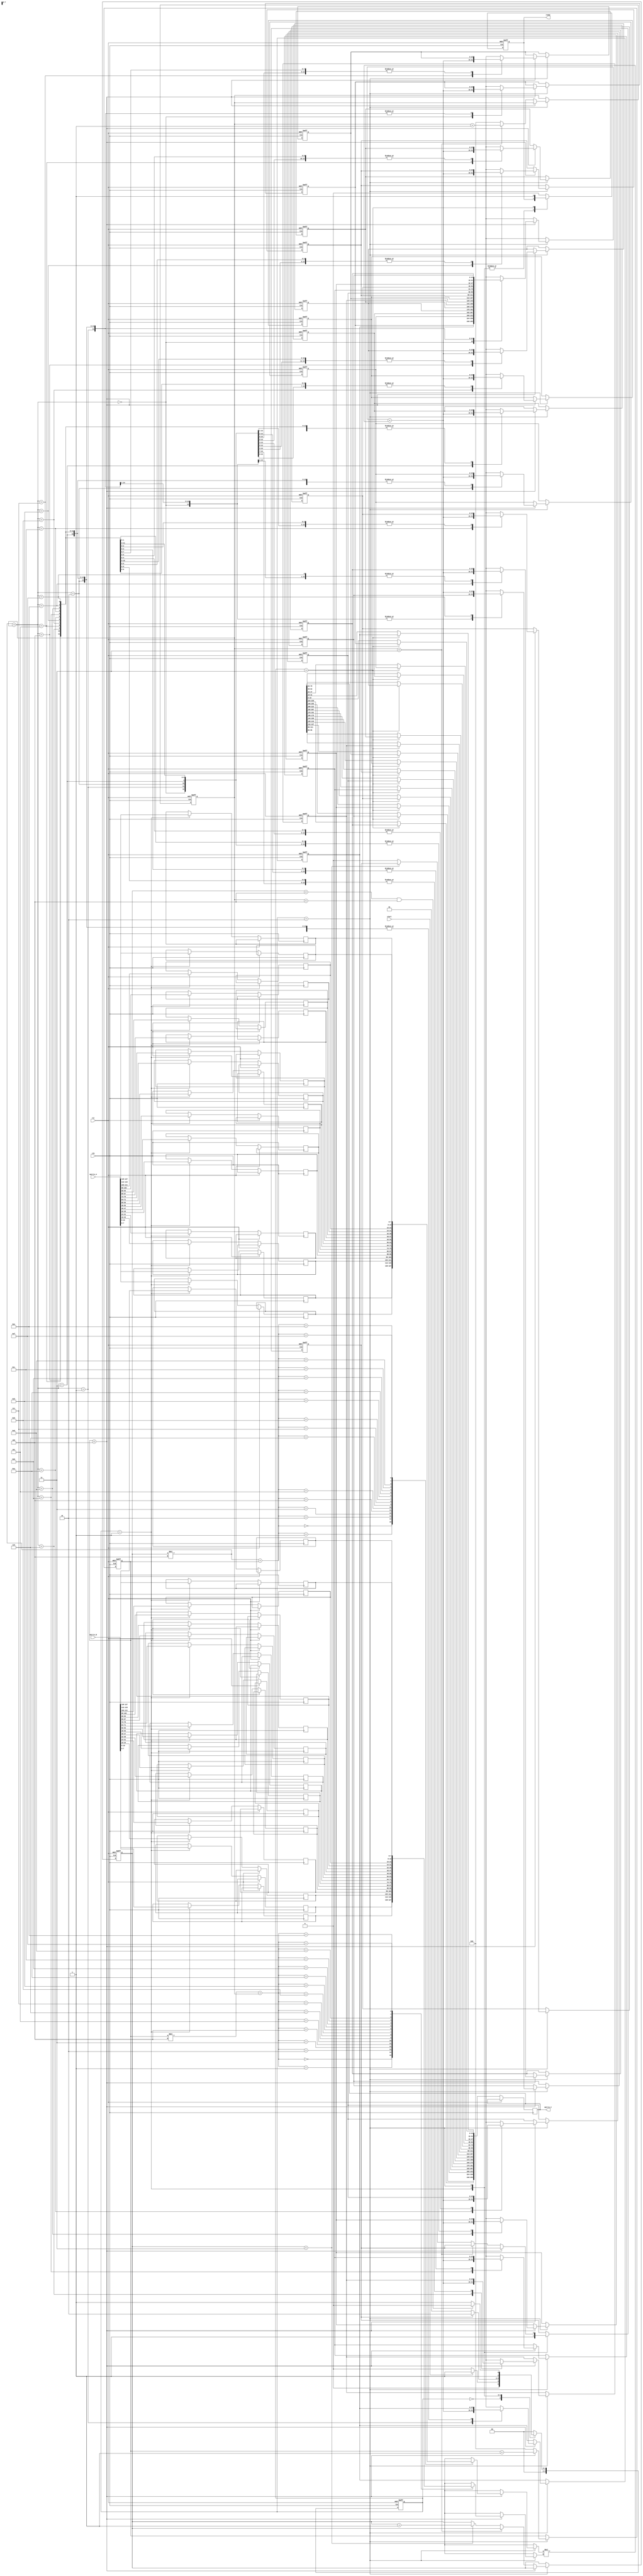
module stencil_multiplier #(
    parameter M = 4, // Number of rows in Matrix A
    parameter N = 4, // Number of columns in Matrix A and rows in Matrix B
    parameter P = 4  // Number of columns in Matrix B
)(
    input clk,
    input rst,
    input start,
    input [M*N*8-1:0] matrix_A, // 8-bit elements, flattening for input
    input [N*P*8-1:0] matrix_B, // 8-bit elements
    output reg [M*P*16-1:0] matrix_C, // 16-bit output for each product
    output reg ready
);

// Internal registers
reg [7:0] A [0:M-1][0:N-1]; // Matrix A
reg [7:0] B [0:N-1][0:P-1]; // Matrix B
reg [15:0] C [0:M-1][0:P-1]; // Matrix C (to hold sums of products)
reg [3:0] state, next_state;
reg [3:0] i, j, k; // Loop indices for matrices
reg processing;

// FSM state definitions
localparam IDLE = 0;
localparam LOAD = 1;
localparam COMPUTE = 2;
localparam FINISH = 3;

// Initial block to reset outputs
integer row, col;
initial begin
    matrix_C = 0;
    ready = 0;
end

// State transition
always @(posedge clk or posedge rst) begin
    if (rst) begin
        state <= IDLE;
    end else begin
        state <= next_state;
    end
end

// Next state logic
always @(*) begin
    case (state)
        IDLE:
            if (start)
                next_state = LOAD;
            else
                next_state = IDLE;

        LOAD:
            if (processing)
                next_state = COMPUTE;
            else
                next_state = LOAD;

        COMPUTE:
            if (i < M && j < P) 
                next_state = COMPUTE;
            else 
                next_state = FINISH;

        FINISH:
            next_state = IDLE;

        default:
            next_state = IDLE;
    endcase
end

// Main process
always @(posedge clk or posedge rst) begin
    if (rst) begin
        // Reset internal accumulators and counters
        for (row = 0; row < M; row = row + 1) begin
            for (col = 0; col < P; col = col + 1) begin
                C[row][col] = 0;
            end
        end
        i <= 0; j <= 0; k <= 0; 
        processing <= 0;
        ready <= 0;
    end else begin
        case (state)
            LOAD: begin
                // Load matrices A and B from the input ports
                for (row = 0; row < M; row = row + 1) begin
                    for (col = 0; col < N; col = col + 1) begin
                        A[row][col] = matrix_A[(row*N + col)*8 +: 8];
                    end
                end

                for (row = 0; row < N; row = row + 1) begin
                    for (col = 0; col < P; col = col + 1) begin
                        B[row][col] = matrix_B[(row*P + col)*8 +: 8];
                    end
                end
                processing <= 1;
            end

            COMPUTE: begin
                if (k < N) begin
                    C[i][j] = C[i][j] + A[i][k] * B[k][j]; // Multiply and accumulate
                    k = k + 1; // Move to the next element in the row
                end else begin
                    k = 0; // Reset for next column
                    if (j < P - 1) begin
                        j = j + 1; // Move to next column
                    end else begin
                        j = 0;
                        if (i < M - 1) begin
                            i = i + 1; // Move to the next row
                        end else begin
                            processing <= 0; // Done processing
                        end
                    end
                end
            end

            FINISH: begin
                // Prepare output matrix C
                for (row = 0; row < M; row = row + 1) begin
                    for (col = 0; col < P; col = col + 1) begin
                        matrix_C[(row*P + col)*16 +: 16] = C[row][col];
                    end
                end
                ready <= 1; // Set ready signal
            end

            default: begin
                ready <= 0; // Reset ready
            end
        endcase
    end
end

endmodule